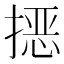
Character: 𭡵